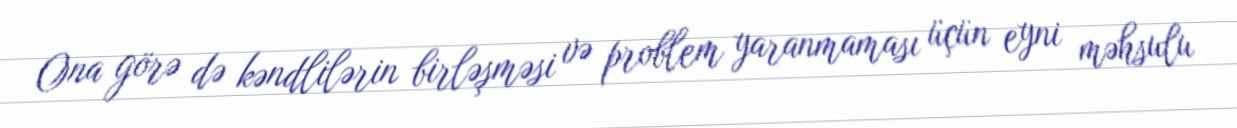
Ona görə də kəndlilərin birləşməsi və problem yaranmaması üçün eyni məhsulu